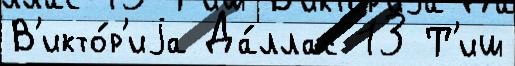
В'икто́р'иjа Да́ллас 13 Т'иш